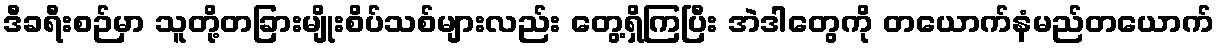
ဒီခရီးစဉ်မှာ သူတို့တခြားမျိုးစိပ်သစ်များလည်း တွေ့ရှိကြပြီး အဲဒါတွေကို တယောက်နံမည်တယောက်